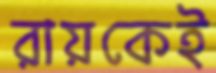
রায়কেই